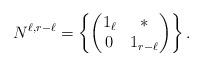
LaTeX: \begin{align*}N^{\ell, r-\ell} = \left\{\begin{pmatrix} 1_\ell &*\\0 & 1_{r-\ell}\end{pmatrix}\right\}.\end{align*}